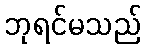
ဘုရင်မသည်